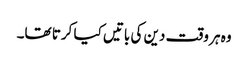
وہ ہر وقت دین کی باتیں کیا کرتا تھا۔